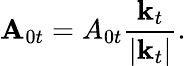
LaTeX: \mathbf{A}_{0t}=A_{0t}\frac{\mathbf{k}_{t}}{\left\vert\mathbf{k}_{t}\right\vert}.